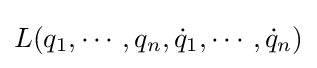
L(q_{1},\cdots ,q_{n},{\dot {q}}_{1},\cdots ,{\dot {q}}_{n})